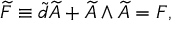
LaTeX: \widetilde { F } \equiv \widetilde { d } \widetilde { A } + \widetilde { A } \wedge \widetilde { A } = F ,